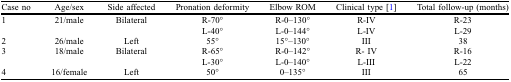
<table><thead><tr><td><b>Case no</b></td><td><b>Age/sex</b></td><td><b>Side affected</b></td><td><b>Pronation deformity</b></td><td><b>Elbow ROM</b></td><td><b>Clinical type [1]</b></td><td><b>Total follow-up (months)</b></td></tr></thead><tbody><tr><td>1</td><td>21/male</td><td>Bilateral</td><td>R-70°</td><td>R-0–130°</td><td>R-IV</td><td>R-23</td></tr><tr><td>[EMPTY_CELL]</td><td>[EMPTY_CELL]</td><td>[EMPTY_CELL]</td><td>L-40°</td><td>L-0–144°</td><td>L-IV</td><td>L-29</td></tr><tr><td>2</td><td>26/male</td><td>Left</td><td>55°</td><td>15°–130°</td><td>III</td><td>38</td></tr><tr><td>3</td><td>18/male</td><td>Bilateral</td><td>R-65°</td><td>R-0–142°</td><td>R- IV</td><td>R-16</td></tr><tr><td>[EMPTY_CELL]</td><td>[EMPTY_CELL]</td><td>[EMPTY_CELL]</td><td>L-30°</td><td>L-0–140°</td><td>L-III</td><td>L-22</td></tr><tr><td>4</td><td>16/female</td><td>Left</td><td>50°</td><td>0–135°</td><td>III</td><td>65</td></tr></tbody></table>